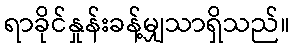
ရာခိုင်နှုန်းခန့်မျှသာရှိသည်။